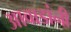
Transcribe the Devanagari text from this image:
आवाडांनी